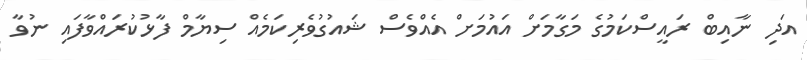
އަދި ނާއިބް ރައީސްކަމުގެ މަގާމަށް އައުމަށް އެއްވެސް ޝައުގުވެރިކަމެއް ސިޔާމް ފާޅުކުރައްވާފައި ނުވާ